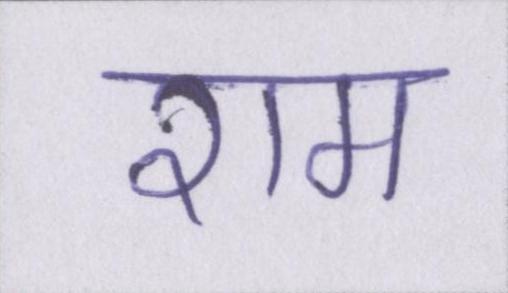
राम